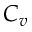
C _ { v }